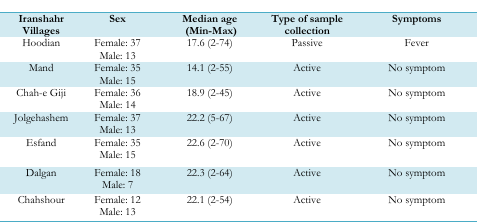
| Iranshahr Villages | Sex | Median age (Min–Max) | Type of sample collection | Symptoms |
 | --- | --- | --- | --- | --- |
 | Hoodian | Female: 37Male: 13 | 17.6 (2–74) | Passive | Fever |
 | Mand | Female: 35Male: 15 | 14.1 (2–55) | Active | No symptom |
 | Chah-e Giji | Female: 36Male: 14 | 18.9 (2–45) | Active | No symptom |
 | Jolgehashem | Female: 37Male: 13 | 22.2 (5–67) | Active | No symptom |
 | Esfand | Female: 35Male: 15 | 22.6 (2–70) | Active | No symptom |
 | Dalgan | Female: 18Male: 7 | 22.3 (2–64) | Active | No symptom |
 | Chahshour | Female: 12Male: 13 | 22.1 (2–54) | Active | No symptom |